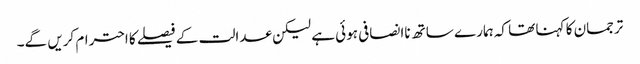
ترجمان کا کہنا تھا کہ ہمارے ساتھ ناانصافی ہوئی ہے لیکن عدالت کے فیصلے کا احترام کریں گے۔